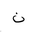
Letter: _non